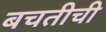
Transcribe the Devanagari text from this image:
बचतीची